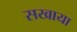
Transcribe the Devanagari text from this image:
सखाया